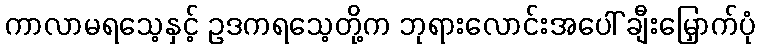
ကာလာမရသေ့နှင့် ဥဒကရသေ့တို့က ဘုရားလောင်းအပေါ် ချီးမြှောက်ပုံ